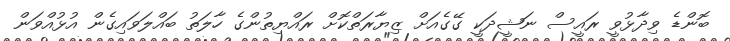
ބޮންޑެ ވިދާޅުވީ ރައީސް ނަޝީދަކީ ގޭގެއަށް ޒިޔާރަތްކޮށް ރައްޔިތުންގެ ހާލަތު ބައްލަވައިގެން އުޅުއްވަން